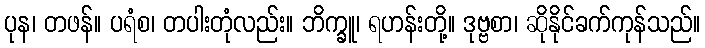
ပုန၊ တဖန်။ ပရံစ၊ တပါးတုံလည်း။ ဘိက္ခူ၊ ရဟန်းတို့။ ဒုဗ္ဗစာ၊ ဆိုနိုင်ခက်ကုန်သည်။